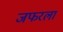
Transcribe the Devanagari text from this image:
जफरला